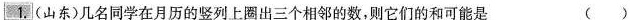
1.(山东) 几名同学在月历的竖列上圈出三个相邻的数，则他们的和可能是（